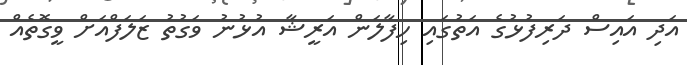
އަދި އައިސް ދަރިފުޅުގެ އަތުގައި ހިފާލަން އަރީޝާ އުޅުނު ވަގުތު ޒަލަފްއަށް ވީގޮތެއް